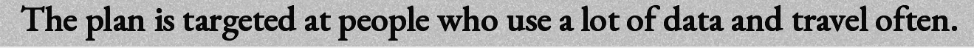
The plan is targeted at people who use a lot of data and travel often.